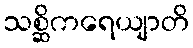
သစ္ဆိကရေယျာတိ